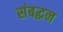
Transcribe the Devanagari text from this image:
संबद्धन